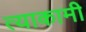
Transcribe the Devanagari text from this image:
त्याकामी